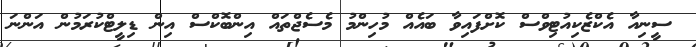
ސީނިއާ އެކްޒެކިއުޓިވްސް ކޮށްފައިވާ ބައެއް މުހިންމު މެސެޖްތައް އިންބޮކްސް އިން ޑިލީޓްކުރަމުން އަންނަ